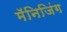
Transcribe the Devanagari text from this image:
मॅनिजिंग